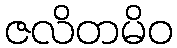
ဇလိတမိဝ